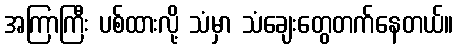
အကြာကြီး ပစ်ထားလို့ သံမှာ သံချေးတွေတက်နေတယ်။